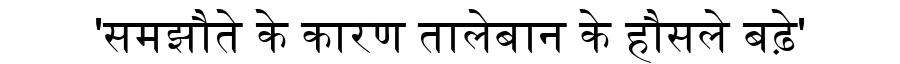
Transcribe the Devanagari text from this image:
'समझौते के कारण तालेबान के हौसले बढ़े'